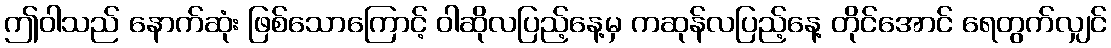
ဤဝါသည် နောက်ဆုံး ဖြစ်သောကြောင့် ဝါဆိုလပြည့်နေ့မှ ကဆုန်လပြည့်နေ့ တိုင်အောင် ရေတွက်လျှင်